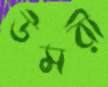
উমরী